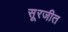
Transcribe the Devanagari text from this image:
सूरजीत